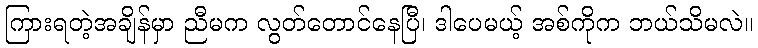
ကြားရတဲ့အချိန်မှာ ညီမက လွတ်တောင်နေပြီ၊ ဒါပေမယ့် အစ်ကိုက ဘယ်သိမလဲ။